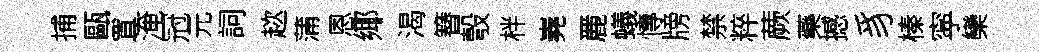
捕甌罝淹冠元詞趑蒲恩鄊渴簮彀柈嶤䴡蟻慱牓禁粹蕨藥撼豸榛寜欒